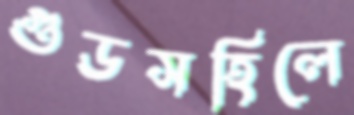
গুডসহিলে